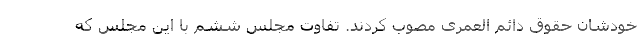
خودشان حقوق دائم العمری مصوب کردند. تفاوت مجلس ششم با این مجلس که